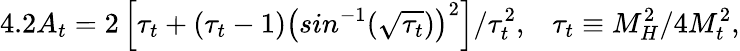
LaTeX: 4.2A_{t}=2\left[\tau_{t}+(\tau_{t}-1)\left(sin^{-1}(\sqrt{\tau_{t}})\right)^{2}\right]/\tau_{t}^{2},\; \; \; \tau_{t}\equiv M_{H}^{2}/4M_{t}^{2},